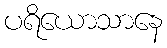
ပရိယောသာနေ